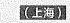
(上海)